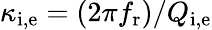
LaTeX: \kappa_{\mathrm{i,e}}=(2\pi f_{\mathrm{r}})/Q_{\mathrm{i,e}}